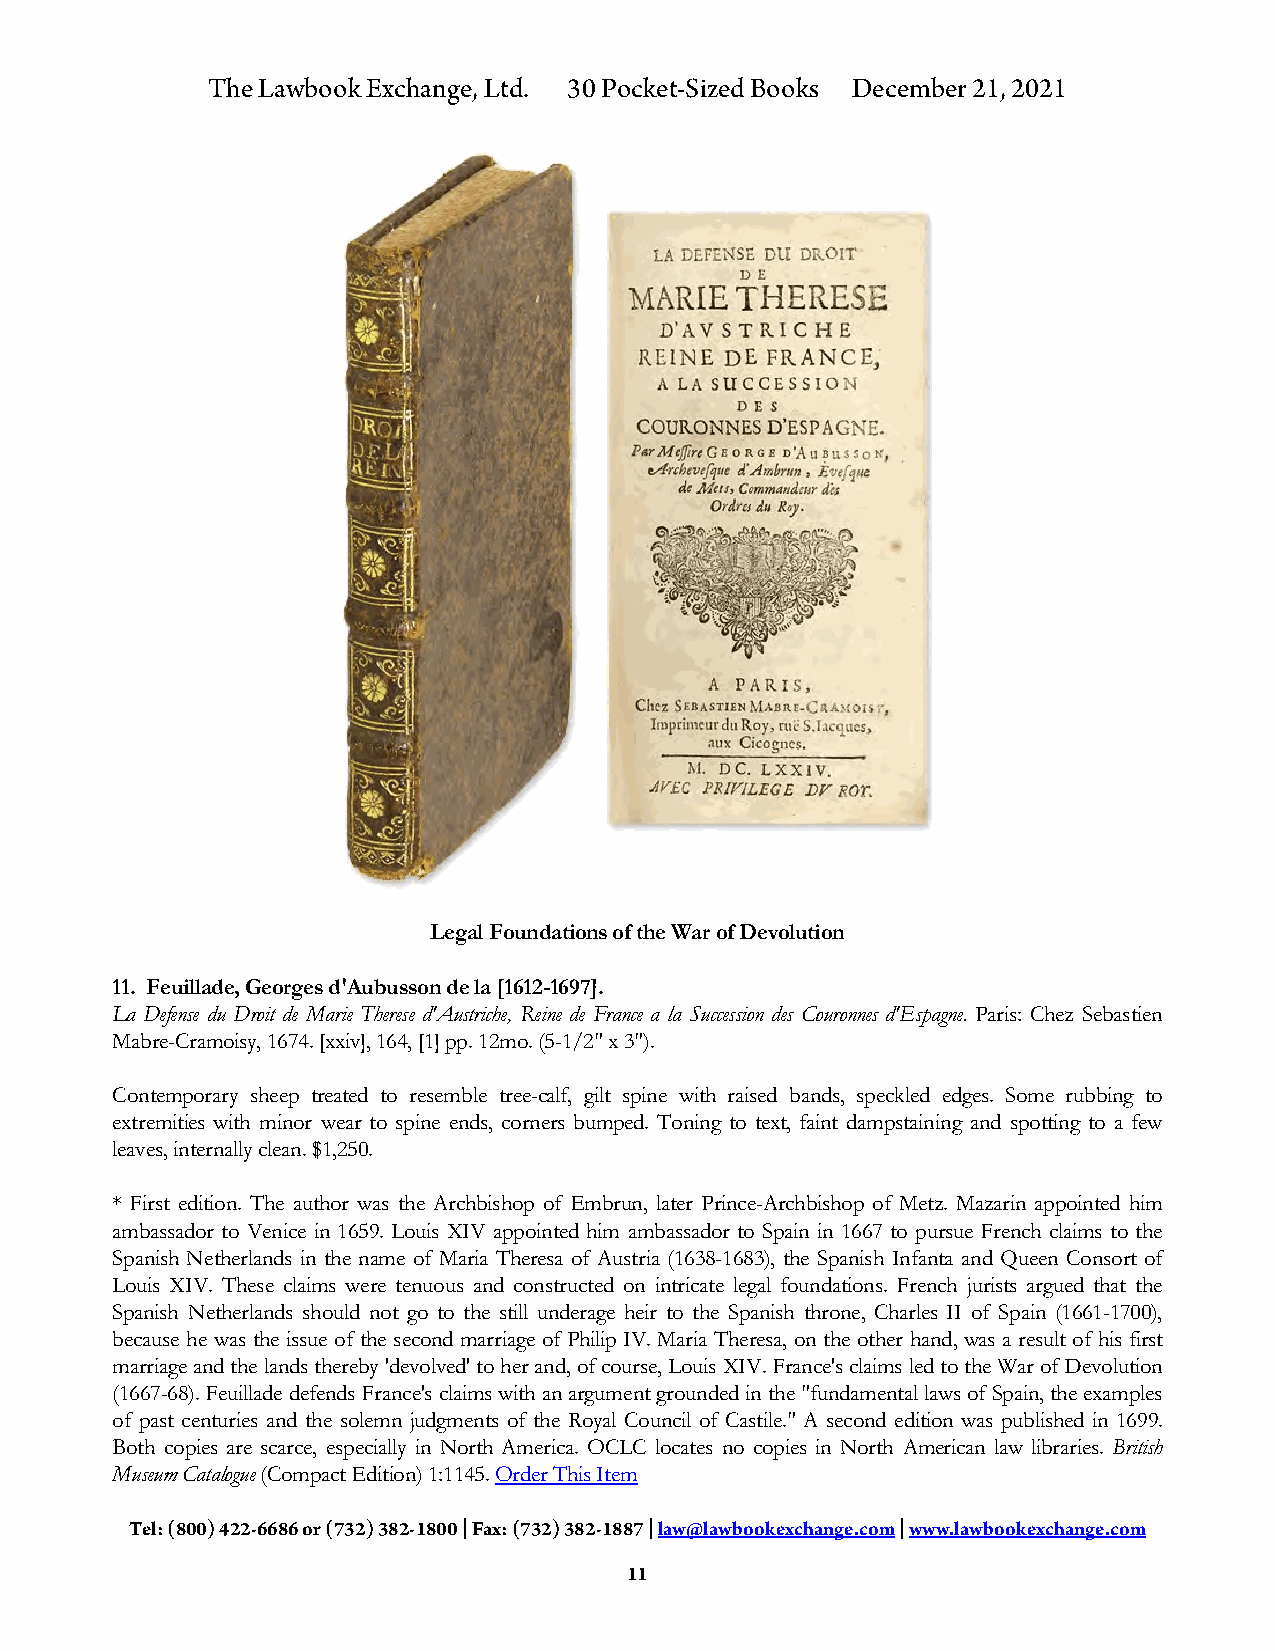
The Lawbook Exchange, Ltd. 30 Pocket-Sized Books December 21, 2021
 Legal Foundations of the War of Devolution
 11. Feuillade, Georges d'Aubusson de la [1612-1697].
 La Defense du Droit de Marie Therese d'Austriche, Reine de France a la Succession des Couronnes d'Espagne. Paris: Chez Sebastien
 Mabre-Cramoisy, 1674. [xxiv], 164, [1] pp. 12mo. (5-1/2" x 3").
 Contemporary sheep treated to resemble tree-calf, gilt spine with raised bands, speckled edges. Some rubbing to
 extremities with minor wear to spine ends, corners bumped. Toning to text, faint dampstaining and spotting to a few
 leaves, internally clean. $1,250.
 * First edition. The author was the Archbishop of Embrun, later Prince-Archbishop of Metz. Mazarin appointed him
 ambassador to Venice in 1659. Louis XIV appointed him ambassador to Spain in 1667 to pursue French claims to the
 Spanish Netherlands in the name of Maria Theresa of Austria (1638-1683), the Spanish Infanta and Queen Consort of
 Louis XIV. These claims were tenuous and constructed on intricate legal foundations. French jurists argued that the
 Spanish Netherlands should not go to the still underage heir to the Spanish throne, Charles II of Spain (1661-1700),
 because he was the issue of the second marriage of Philip IV. Maria Theresa, on the other hand, was a result of his first
 marriage and the lands thereby 'devolved' to her and, of course, Louis XIV. France's claims led to the War of Devolution
 (1667-68). Feuillade defends France's claims with an argument grounded in the "fundamental laws of Spain, the examples
 of past centuries and the solemn judgments of the Royal Council of Castile." A second edition was published in 1699.
 Both copies are scarce, especially in North America. OCLC locates no copies in North American law libraries. British
 Museum Catalogue (Compact Edition) 1:1145. Order This Item
 Tel: (800) 422-6686 or (732) 382-1800 | Fax: (732) 382-1887 | law@lawbookexchange.com | www.lawbookexchange.com
 11